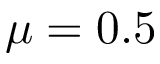
\mu = 0 . 5